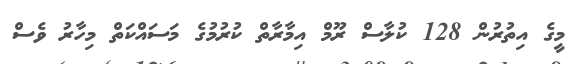
މީގެ އިތުރުން 128 ކުލާސް ރޫމް އިމާރާތް ކުރުމުގެ މަސައްކަތް މިހާރު ވެސް